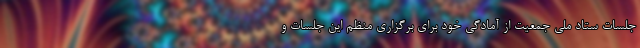
جلسات ستاد ملی جمعیت از آمادگی خود برای برگزاری منظم این جلسات و